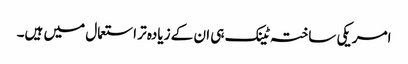
امریکی ساختہ ٹینک ہی ان کے زیادہ تر استعمال میں ہیں۔